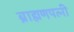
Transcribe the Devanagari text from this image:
ब्राह्मणपत्नी